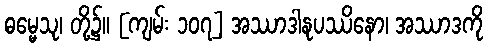
ဓမ္မေသု၊ တို့၌။ [ကျမ်း ၁၀၇] အဿာဒါနုပဿိနော၊ အဿာဒကို